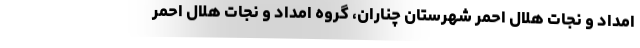
امداد و نجات هلال احمر شهرستان چناران، گروه امداد و نجات هلال احمر